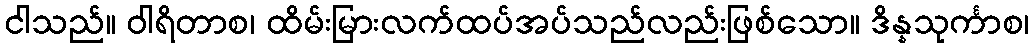
ငါသည်။ ဝါရိတာစ၊ ထိမ်းမြားလက်ထပ်အပ်သည်လည်းဖြစ်သော။ ဒိန္နသုင်္ကာစ၊